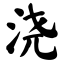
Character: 浇